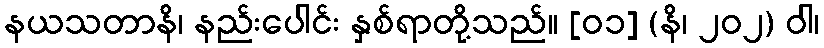
နယသတာနိ၊ နည်းပေါင်း နှစ်ရာတို့သည်။ [၀၁] (နိ၊ ၂၀၂) ဝါ၊